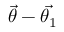
\vec { \theta } - \vec { \theta _ { 1 } }